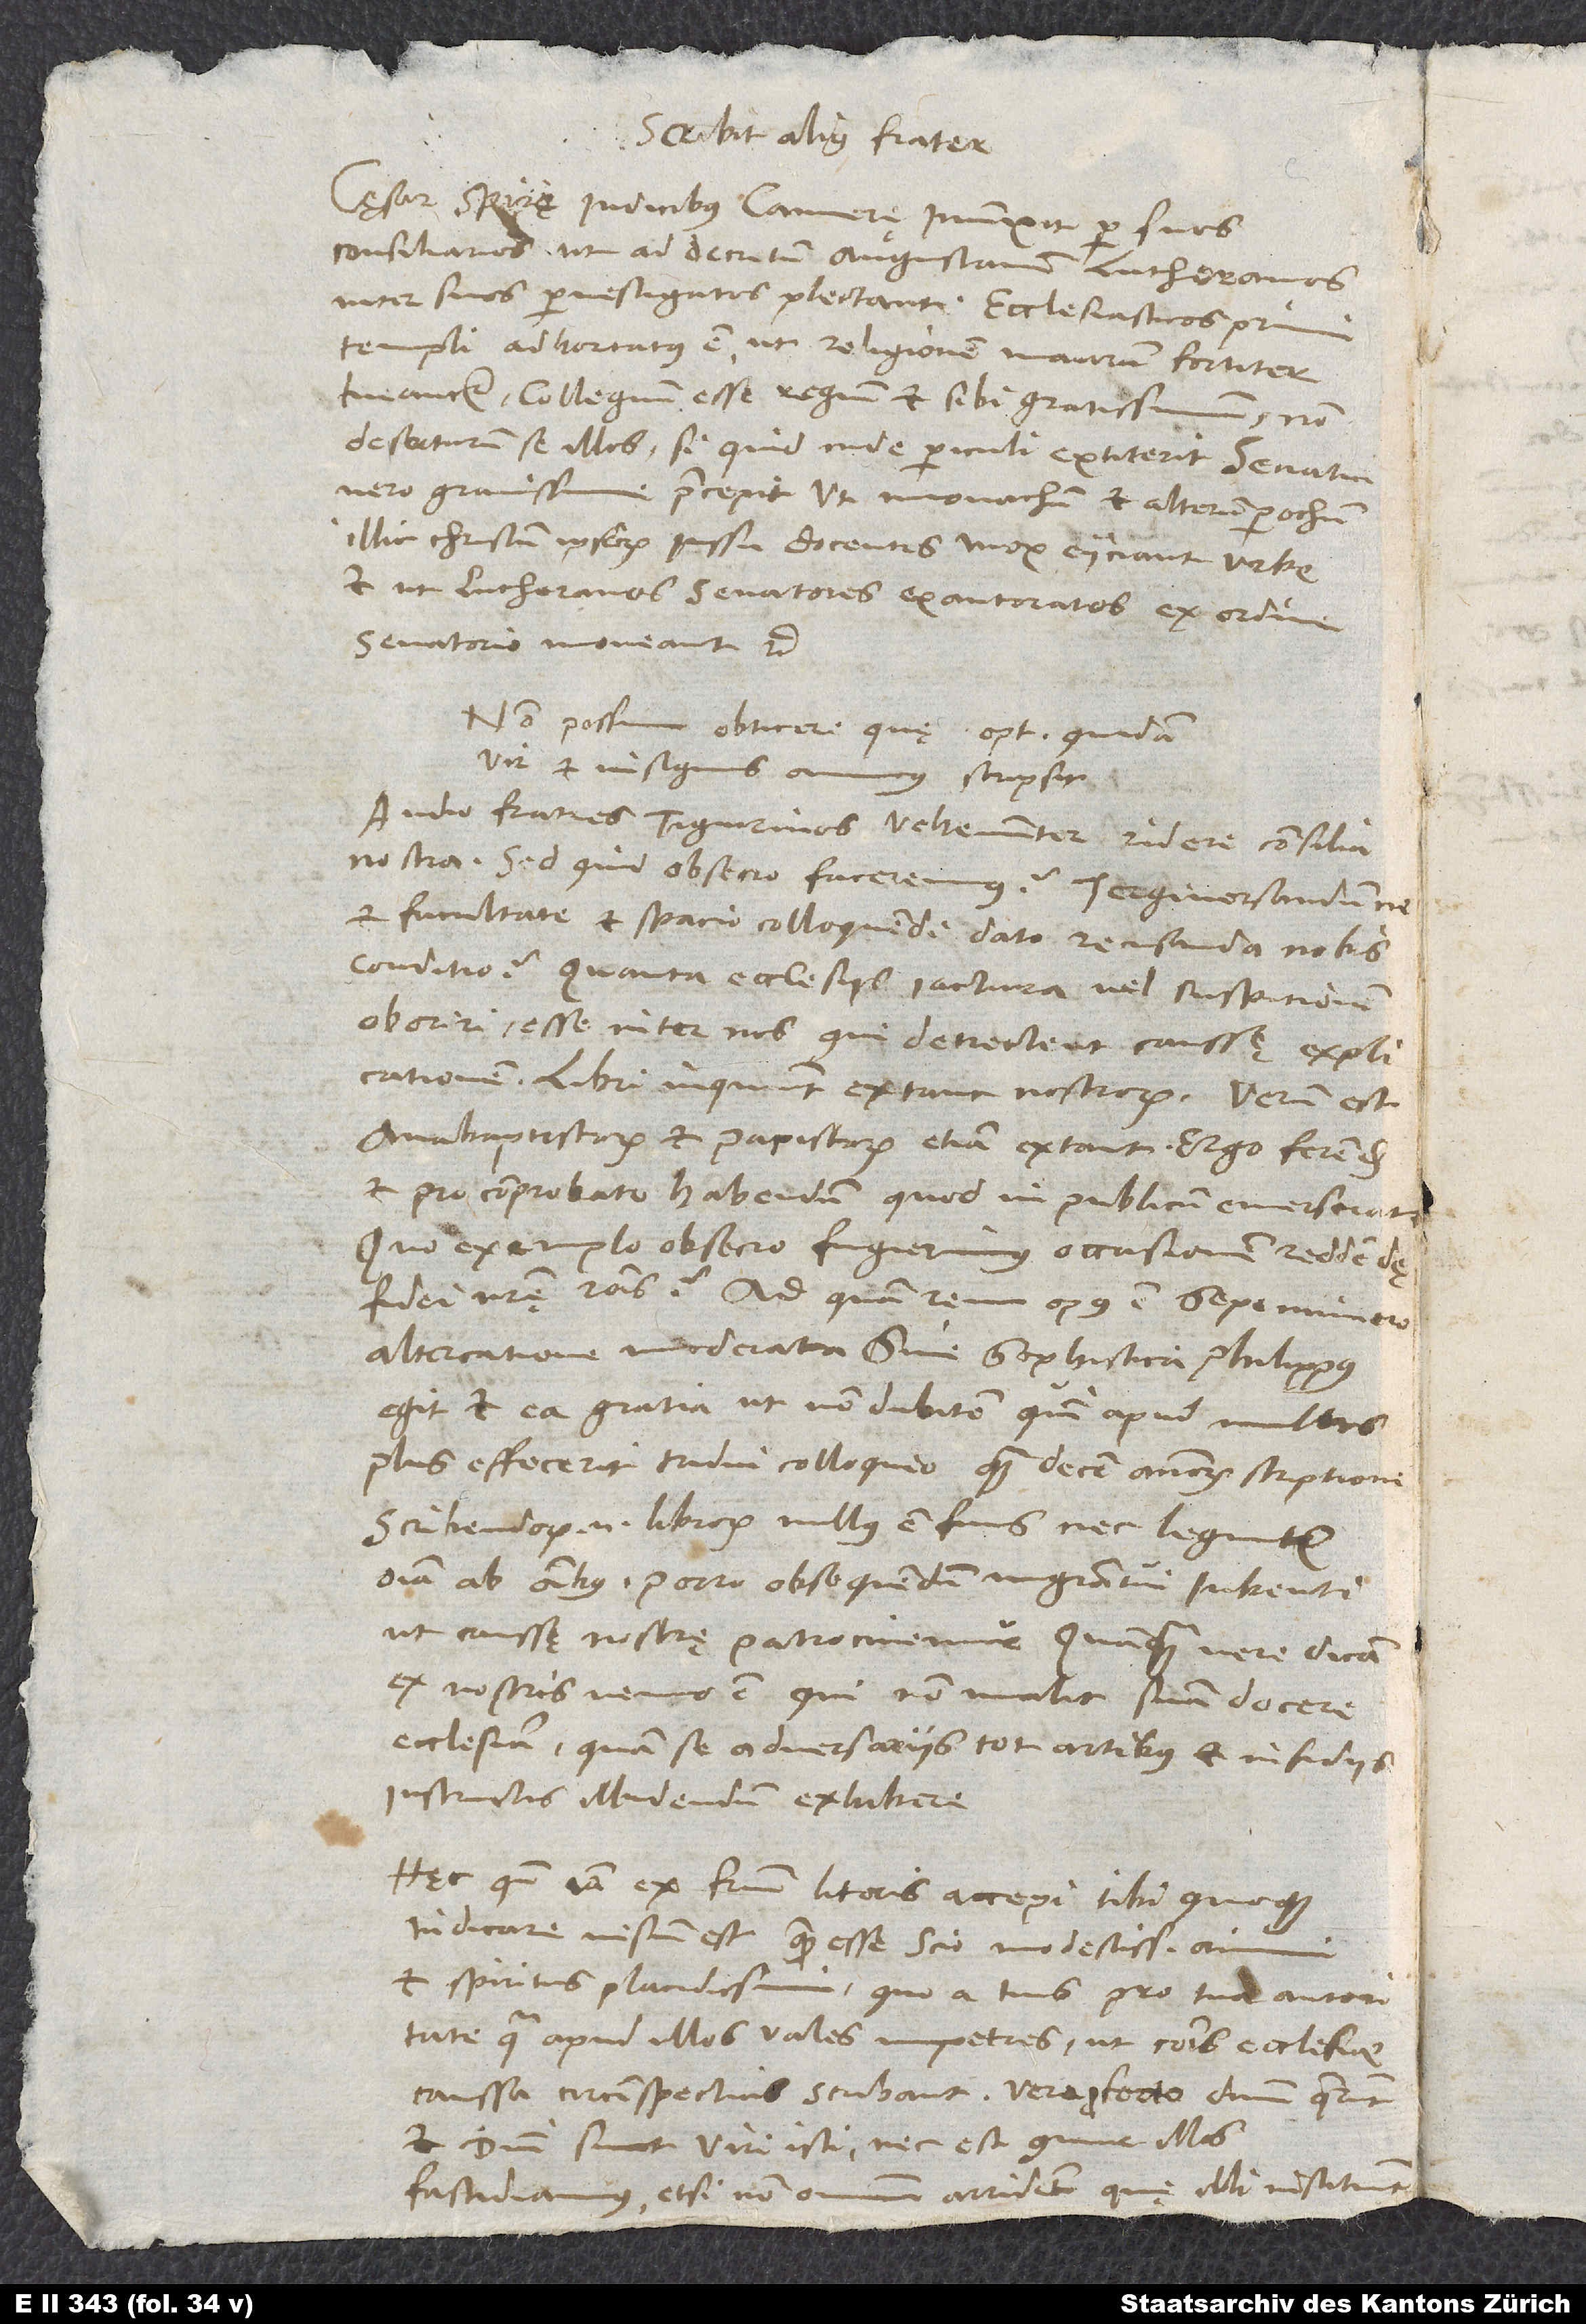
Scribit alius frater:
„Cęsar Spirę iudicibus camerę iniunxit per suos
consiliarios, ut ad decretum Augustanum Lutheranos
inter suos pervestigatos plectant. Ecclesiasticos primi
templi adhortatus est, ut religionem maiorum fortiter
tueantur; collegium esse regium et sibi gratissimum, non
deserturum se illos, si quid inde periculi extiterit. Senatui
vero gravissime praecepit, ut monachum et alterum parochum
illic Christum ipsorum iussu docentes mox eiiciant urbe
et ut Lutheranos senatores exautoratos ex ordine
senatorio moveant“ etc.
Non possum obticere, quę optimus quidam
vir et insignis amicus scripsit:
„Audio fratres Tigurinos vehementer ridere consilia
nostra; sed quid, obsecro, faceremus? Tergiversandumne
et facultate et spacio colloquendi dato recusanda nobis
conditio? Quanta ecclesiis iactura, vel suspitionem
oboriri, esse inter nos, qui detrectent caussę explicationem!
’Libri’, inquiunt, ’extant nostrorum.’ Verum est;
anabaptistarum et papistarum etiam extant; ergo ferendum
et pro comprobato habendum, quod in publicum emerserat?
Quo exemplo, obsecro, fugerimus occasionem reddendę
fidei nostrę rationis, ad quam rem opus est sepenumero
altercatione moderata? Sine sophistica Philippus
egit et ea gratia, ut non dubitem, quin apud multos
plus effecerit tridui colloquio quam decem annorum scriptione.
Scribendorum enim librorum nullus est finis, nec leguntur
omnia ab omnibus. Porro obsequendum magistratui iubenti,
ut caussę nostrę patrocinemur. Quamquam vere dicam,
ex nostris nemo est, qui non malit suam docere
ecclesiam quam se adversariis tot artibus et insidiis
instructis illudendum exhibere.“
Hęc, quae iam ex fratrum literis accepi, tibi quoque
indicare visum est, quem esse scio modestissimi animi
et spiritus placidissimi, quo a tuis pro tua autoritate,
qua apud illos vales, impetres, ut communis ecclesiae
caussa circumspectius scribant. Vere profecto dominum quaerunt
et domini sunt viri isti, nec est, quur illos
fastidiamus, etsi non omnino arrident, quę illi instituunt.